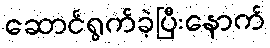
ဆောင်ရွက်ခဲ့ပြီးနောက်